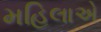
મહિલાએ